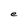
Character: e